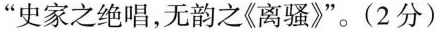
”史家之绝唱，无韵之《离骚》”。(2分)